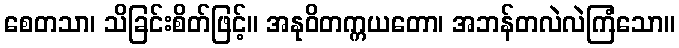
စေတသာ၊ သိခြင်းစိတ်ဖြင့်။ အနုဝိတက္ကယတော၊ အဘန်တလဲလဲကြံသော။